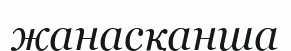
жанасқанша